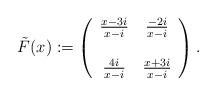
LaTeX: \begin{align*}\tilde{F}(x) :=\left(\begin{array}{cc}\frac{x - 3 i}{x - i} & \frac{- 2 i}{x - i} \\& \\\frac{4 i}{x - i} & \frac{x + 3 i}{x - i}\end{array}\right).\end{align*}